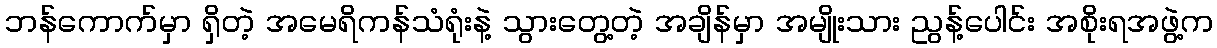
ဘန်ကောက်မှာ ရှိတဲ့ အမေရိကန်သံရုံးနဲ့ သွားတွေ့တဲ့ အချိန်မှာ အမျိုးသား ညွန့်ပေါင်း အစိုးရအဖွဲ့က